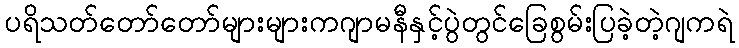
ပရိသတ်တော်တော်များများကဂျာမနီနှင့်ပွဲတွင်ခြေစွမ်းပြခဲ့တဲ့ဂျကရဲ